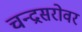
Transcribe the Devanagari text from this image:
चन्द्रसरोवर